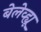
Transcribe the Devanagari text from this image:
बेलेव्ह्यू